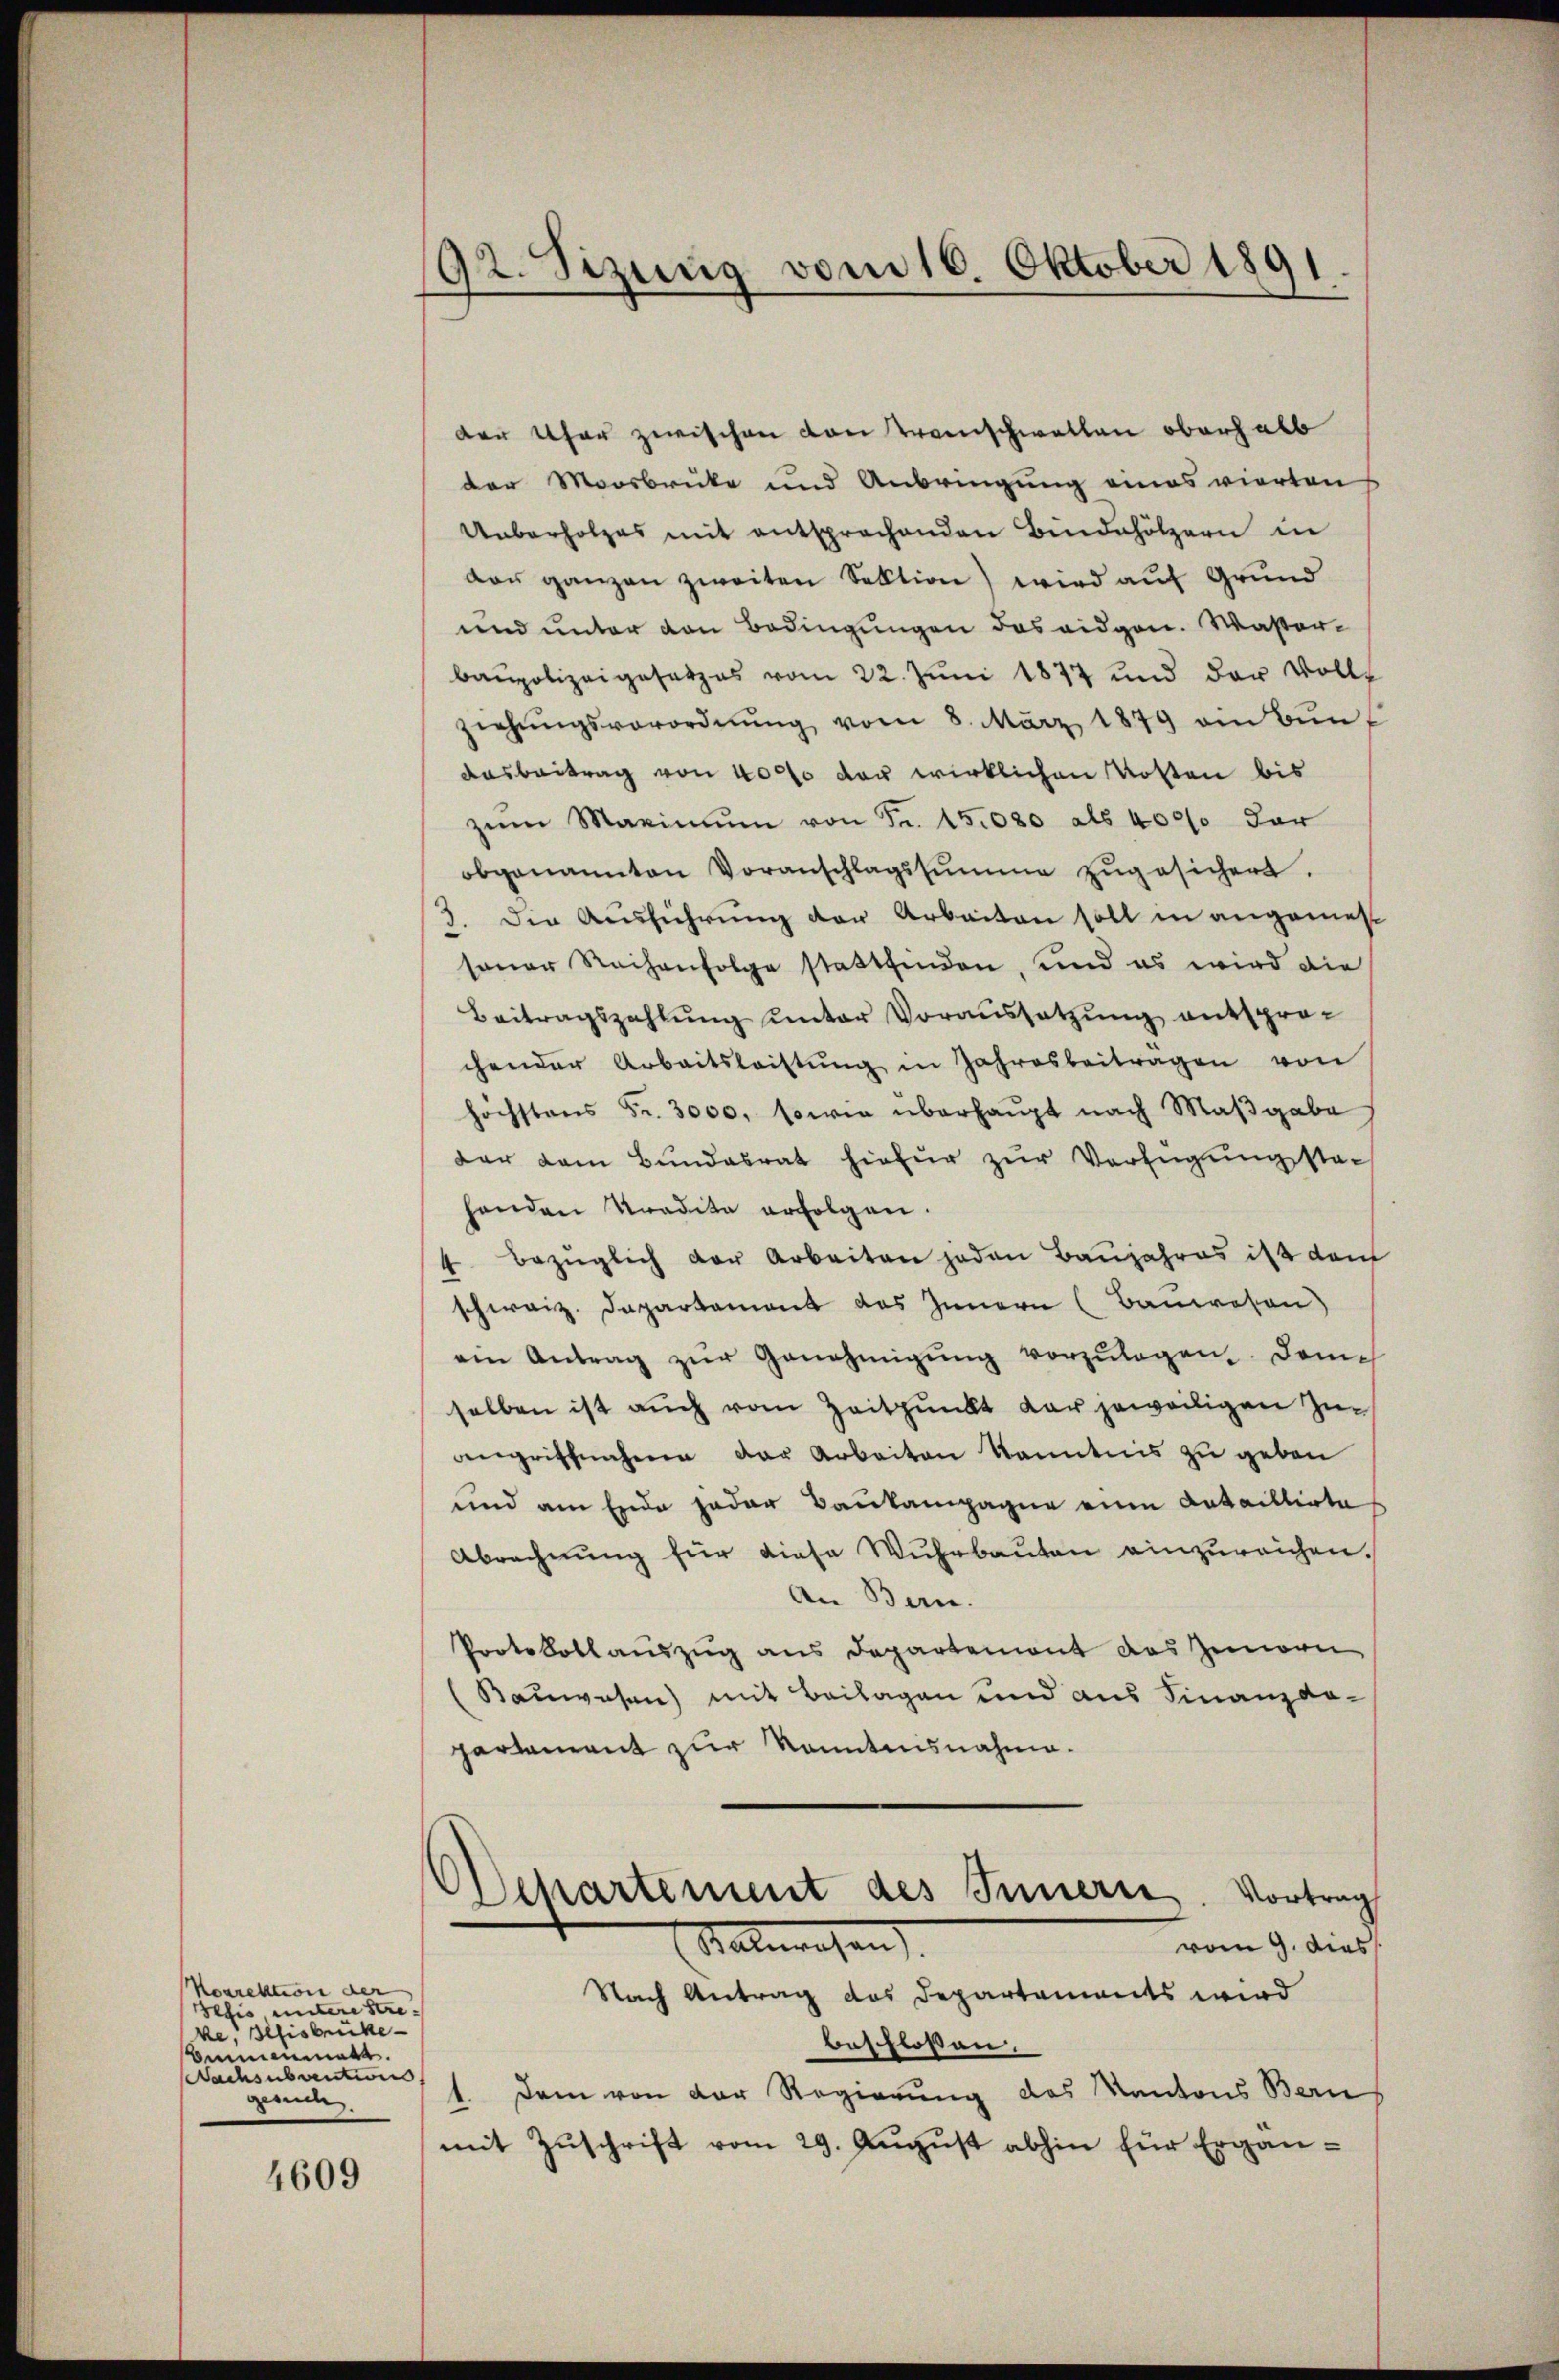
Norrektion der
Sefis untere streke, Gehisbrücke
Ammenme
Nachsubvention
gesuch.

4609

192. Sizung vom 16. Oktober 1891

der Uhr zwischen von Transchwellen oberhalb
der Moosbrücke und Anbringung eines vierten
Ueberholzes mit entsprechenden Bindenhölzern in
var ganzen zweiten Sektion) wird auf Grund
und unter den Bedingungen das eidgen. Wasser-
baupolizeigesetzes vom 22. Juni 1877 und der Vollz
ziehŭngsverordnŭng vom 8. März 1879 am Bŭn-
Aasbeitrag von 4000 der wirklichen Kosten bis
zŭm Maximŭm von Fr. 15080 als 40000 dar
obgenannten Voranschlagssumme zŭgesichert.
3. Die Ausführung der Arbeiten soll in angemessener Reihenfolge stattfinden, und es wird die
Beitragszahlŭng ŭnter Voraŭssetzŭng entspro-
chender Arbeitsleistŭng in Jahresbeitragen von
höchstens Fr. 3000, sowie überhaupt nach Maβgabe
dar am Bŭndesrat hiefür zŭr Verfügungsta-
henden Tradita erfolgen.
4. bezüglich der Arbeiten jeden Baŭjahres ist dem
schweiz. Departament des Innern (Bauwesen)
ein Antrag zŭr Genehmigŭng vorzŭlegen. Dame
selben ist auch vom Zeitpunkt der jeweiligen Zuangriffnahme der Arbeiten Kenntnis zu geben
und am Ende jeder Baukampagne eine Detaillirte
Abrechnung für diese Wuhrbauten einzureichen.
An Bern.
Protokollauszug aus Departemont das Zenorn
Bauwesen) mit Beilagen und aus Finanzda-
partement zur konntensnahme.
chartement des Innern. Vortrag
Stallwesen
vom 9. dies
Nach Antrag das Departements wird
beschlossen.
Dem von der Regierung des Kantons Bern
.
mit Zŭschrift vom 29. August abhin für Ergän¬